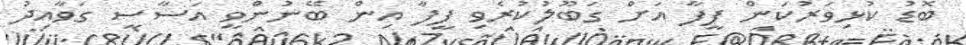
ބޮޑު ކުޅިވަރުކަން ފީފާ އަށް ގަބޫލުކުރެވި ފީފާ އިން ބޭނުންވީ އަސާސީ ގަވާއިދު